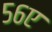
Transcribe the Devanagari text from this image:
५६ए